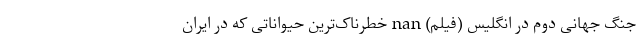
جنگ جهانی دوم در انگلیس (فیلم) nan خطرناک‌ترین حیواناتی که در ایران